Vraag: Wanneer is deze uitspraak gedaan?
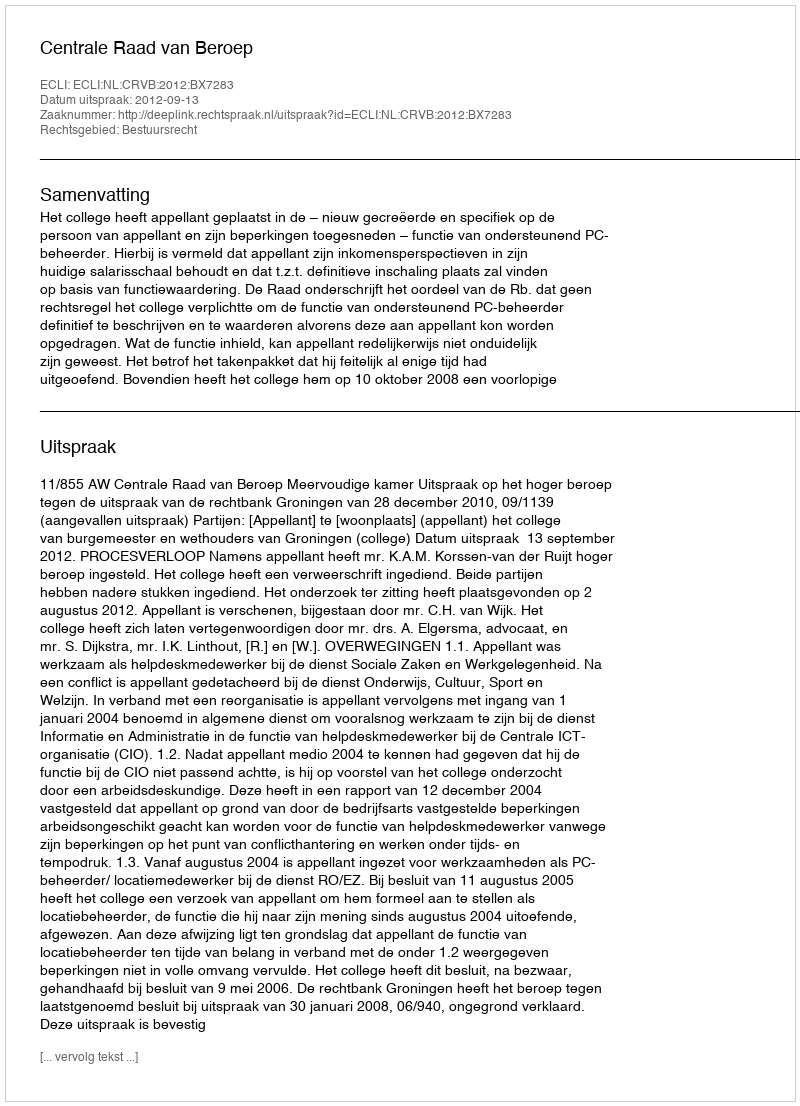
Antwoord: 2012-09-13